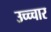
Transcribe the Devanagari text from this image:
उच्च्चार